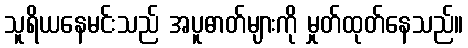
သူရိယနေမင်းသည် အပူဓာတ်များကို မှုတ်ထုတ်နေသည်။